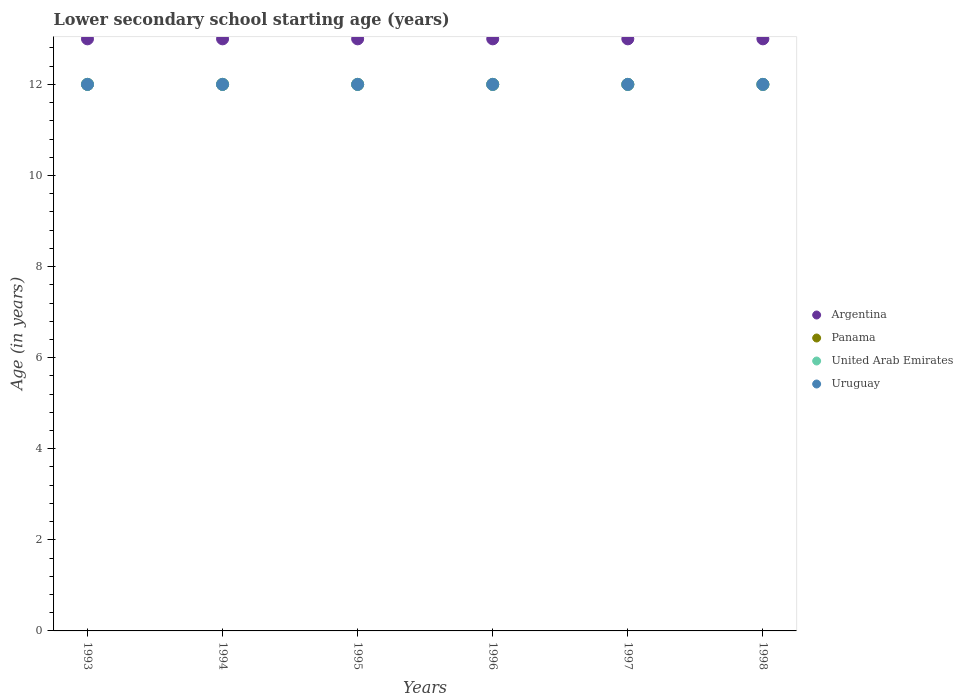
| Years | Argentina | Panama | United Arab Emirates | Uruguay |
 | --- | --- | --- | --- | --- |
 | 1993 | 13 | 12 | 12 | 12 |
 | 1994 | 13 | 12 | 12 | 12 |
 | 1995 | 13 | 12 | 12 | 12 |
 | 1996 | 13 | 12 | 12 | 12 |
 | 1997 | 13 | 12 | 12 | 12 |
 | 1998 | 13 | 12 | 12 | 12 |